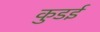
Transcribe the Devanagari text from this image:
कुडई